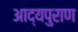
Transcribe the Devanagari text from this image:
आद्यपुराण